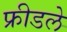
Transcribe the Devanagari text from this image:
फ्रीडले